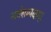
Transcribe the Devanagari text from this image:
सर्वसम्पदाम्‌।